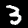
Digit: 3